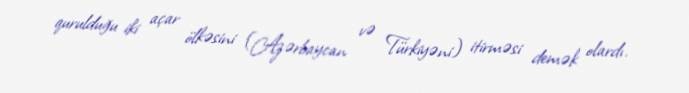
qurulduğu iki açar ölkəsini (Azərbaycan və Türkiyəni) itirməsi demək olardı.